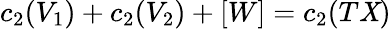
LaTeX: c_{2}(V_{1})+c_{2}(V_{2})+[W]=c_{2}(T\mathit{X})